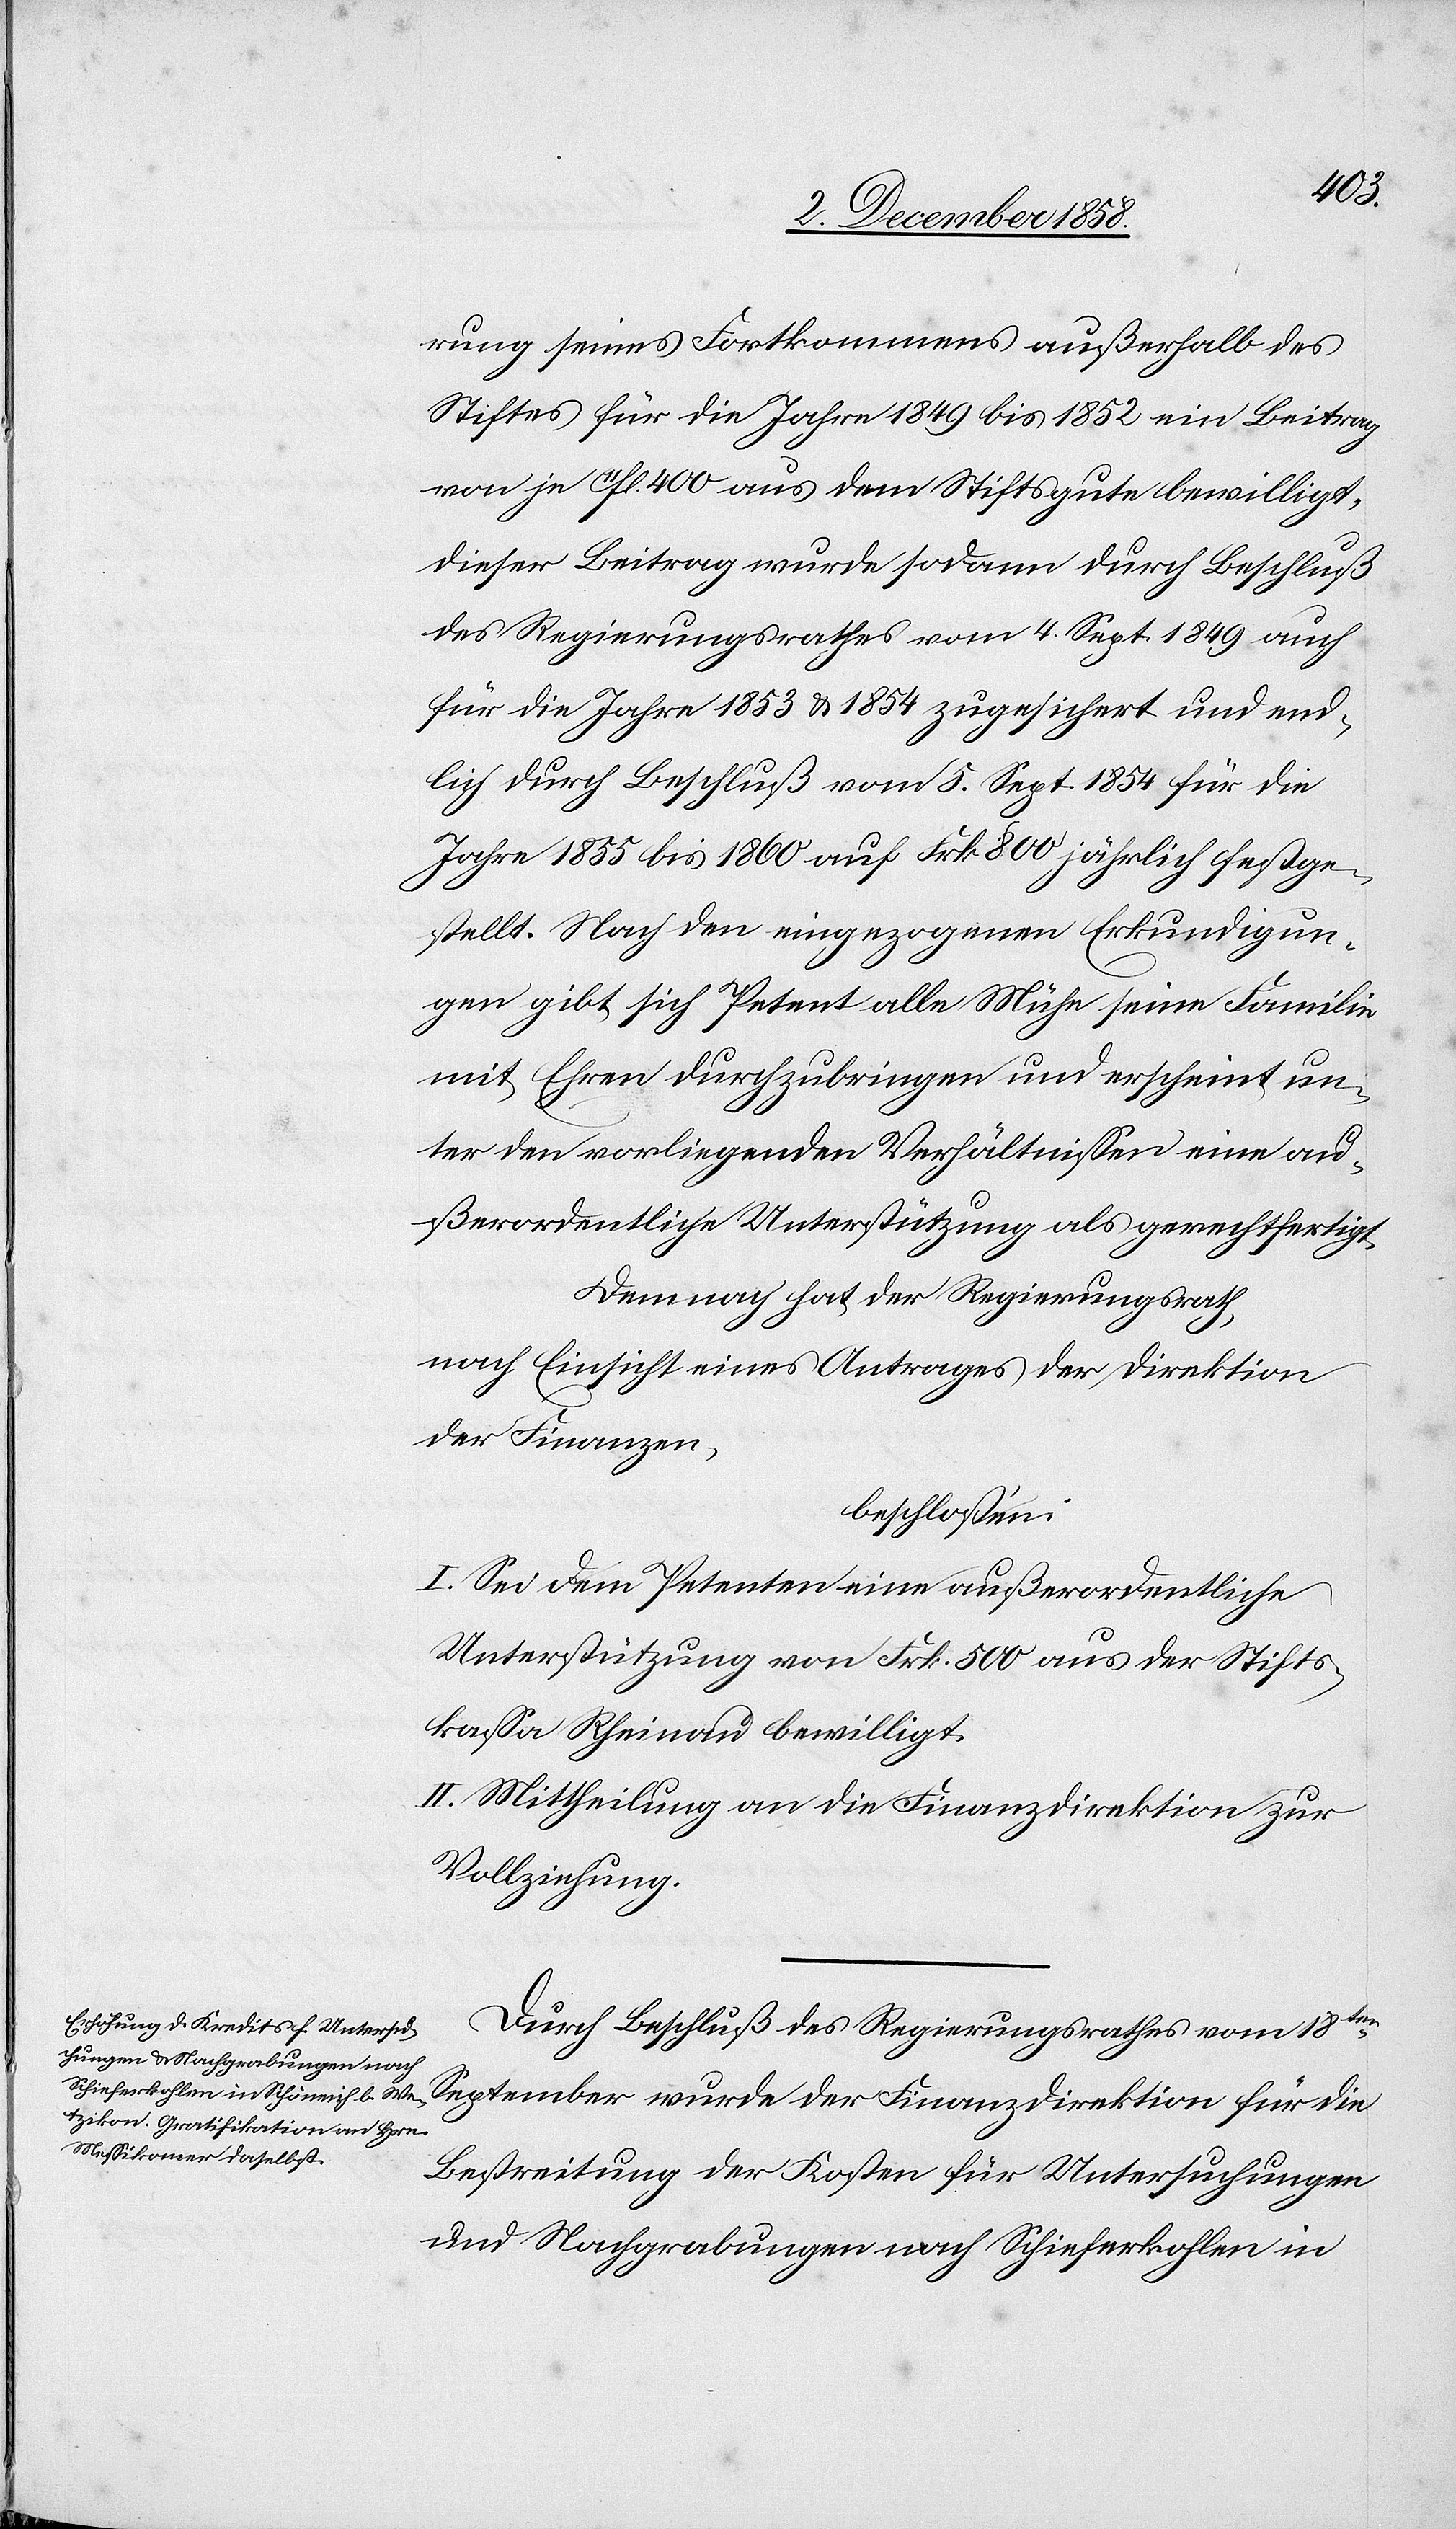
rung seines Fortkommens außerhalb des
Stiftes für die Jahre 1849 bis 1852 ein Beitrag
von je 11fl. 400 aus dem Stiftsgute bewilligt.
Dieser Beitrag wurde sodann durch Beschluß
des Regierungsrathes vom 4. Sept. 1849 auch
für die Jahre 1853 & 1854 zugesichert und end¬
lich durch Beschluß vom 5. Sept. 1854 für die
Jahre 1855 bis 1860 auf Frk. 800 jährlich festge¬
stellt. Nach den eingezogenen Erkundigun¬
gen gibt sich Petent alle Mühe seine Familie
mit Ehren durchzubringen und erscheint un¬
ter den vorliegenden Verhältnissen eine au¬
ßerordentliche Unterstützung als gerechtfertigt.
Demnach hat der Regierungsrath,
nach Einsicht eines Antrages der Direktion
der Finanzen,
beschlossen:
I. Sei dem Petenten eine außerordentliche
Unterstützung von Frk. 500 aus der Stifts¬
kassa Rheinau bewilligt.
II. Mittheilung an die Finanzdirektion zur
Vollziehung.
Durch Beschluß des Regierungsrathes vom 18ten
September wurde der Finanzdirektion für die
Bestreitung der Kosten für Untersuchungen
und Nachgrabungen nach Schieferkohlen in